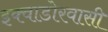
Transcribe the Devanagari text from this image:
इक्वाडोरवासी